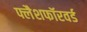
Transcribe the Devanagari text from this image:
फ्लैशफॉरवर्ड